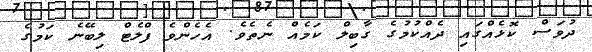
ދުވަސް ކޮޅެއްގައި ދެއްކުމުގެ ގާބިލް ކަމެއް ނެތެވެ. އެހެންވެ ފްލެޓް ލިބޭނެ ކަމުގެ